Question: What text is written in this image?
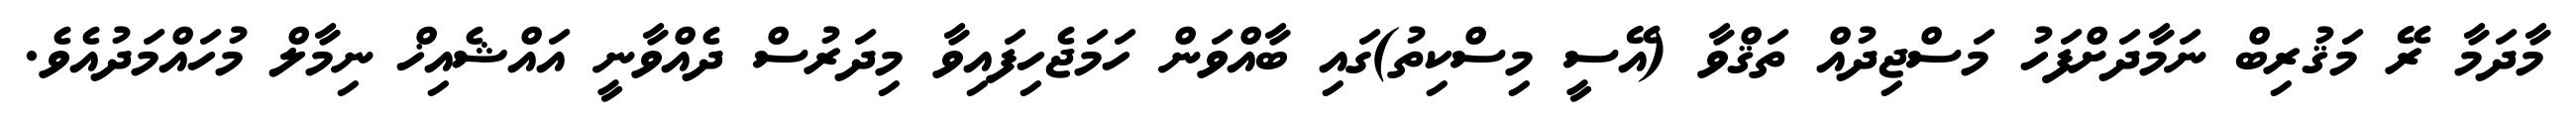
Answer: މާދަމާ ރޭ މަޤުރިބް ނަމާދަށްފަހު މަސްޖިދުއް ތަޤްވާ (އޭސީ މިސްކިތު)ގައި ބާއްވަން ހަމަޖެހިފައިވާ މިދަރުސް ދެއްވާނީ އައްޝެއިޚް ނިމާލް މުހައްމަދުއެވެ.